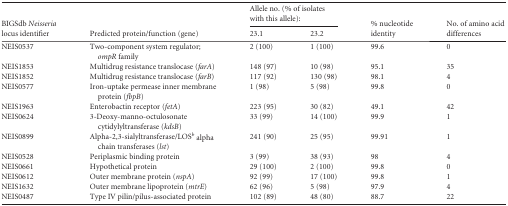
<table><thead><tr><td rowspan="2"><b>BIGSdb Neisseria locus identifier</b></td><td rowspan="2"><b>Predicted protein/function (gene)</b></td><td colspan="2"><b>Allele no. (% of isolates with this allele):</b></td><td rowspan="2"><b>% nucleotide identity</b></td><td rowspan="2"><b>No. of amino acid differences</b></td></tr><tr><td><b>23.1</b></td><td><b>23.2</b></td></tr></thead><tbody><tr><td>NEIS0537</td><td>Two-component system regulator; <i>ompR</i> family</td><td>2 (100)</td><td>1 (100)</td><td>99.6</td><td>0</td></tr><tr><td>NEIS1853</td><td>Multidrug resistance translocase (<i>farA</i>)</td><td>148 (97)</td><td>10 (98)</td><td>95.1</td><td>35</td></tr><tr><td>NEIS1852</td><td>Multidrug resistance translocase (<i>farB</i>)</td><td>117 (92)</td><td>130 (98)</td><td>98.1</td><td>4</td></tr><tr><td>NEIS0577</td><td>Iron-uptake permease inner membrane protein (<i>fbpB</i>)</td><td>1 (98)</td><td>5 (98)</td><td>99.8</td><td>0</td></tr><tr><td>NEIS1963</td><td>Enterobactin receptor (<i>fetA</i>)</td><td>223 (95)</td><td>30 (82)</td><td>49.1</td><td>42</td></tr><tr><td>NEIS0624</td><td>3-Deoxy-manno-octulosonate cytidylyltransferase (<i>kdsB</i>)</td><td>33 (99)</td><td>14 (100)</td><td>99.9</td><td>1</td></tr><tr><td>NEIS0899</td><td>Alpha-2,3-sialyltransferase/LOS<sup><i>b</i></sup> alpha chain transferases (<i>lst</i>)</td><td>241 (90)</td><td>25 (95)</td><td>99.91</td><td>1</td></tr><tr><td>NEIS0528</td><td>Periplasmic binding protein</td><td>3 (99)</td><td>38 (93)</td><td>98</td><td>4</td></tr><tr><td>NEIS0661</td><td>Hypothetical protein</td><td>29 (100)</td><td>2 (100)</td><td>99.8</td><td>0</td></tr><tr><td>NEIS0612</td><td>Outer membrane protein (<i>nspA</i>)</td><td>92 (99)</td><td>17 (100)</td><td>99.8</td><td>1</td></tr><tr><td>NEIS1632</td><td>Outer membrane lipoprotein (<i>mtrE</i>)</td><td>62 (96)</td><td>5 (98)</td><td>97.9</td><td>4</td></tr><tr><td>NEIS0487</td><td>Type IV pilin/pilus-associated protein</td><td>102 (89)</td><td>48 (80)</td><td>88.7</td><td>22</td></tr></tbody></table>